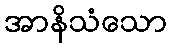
အာနိသံသော